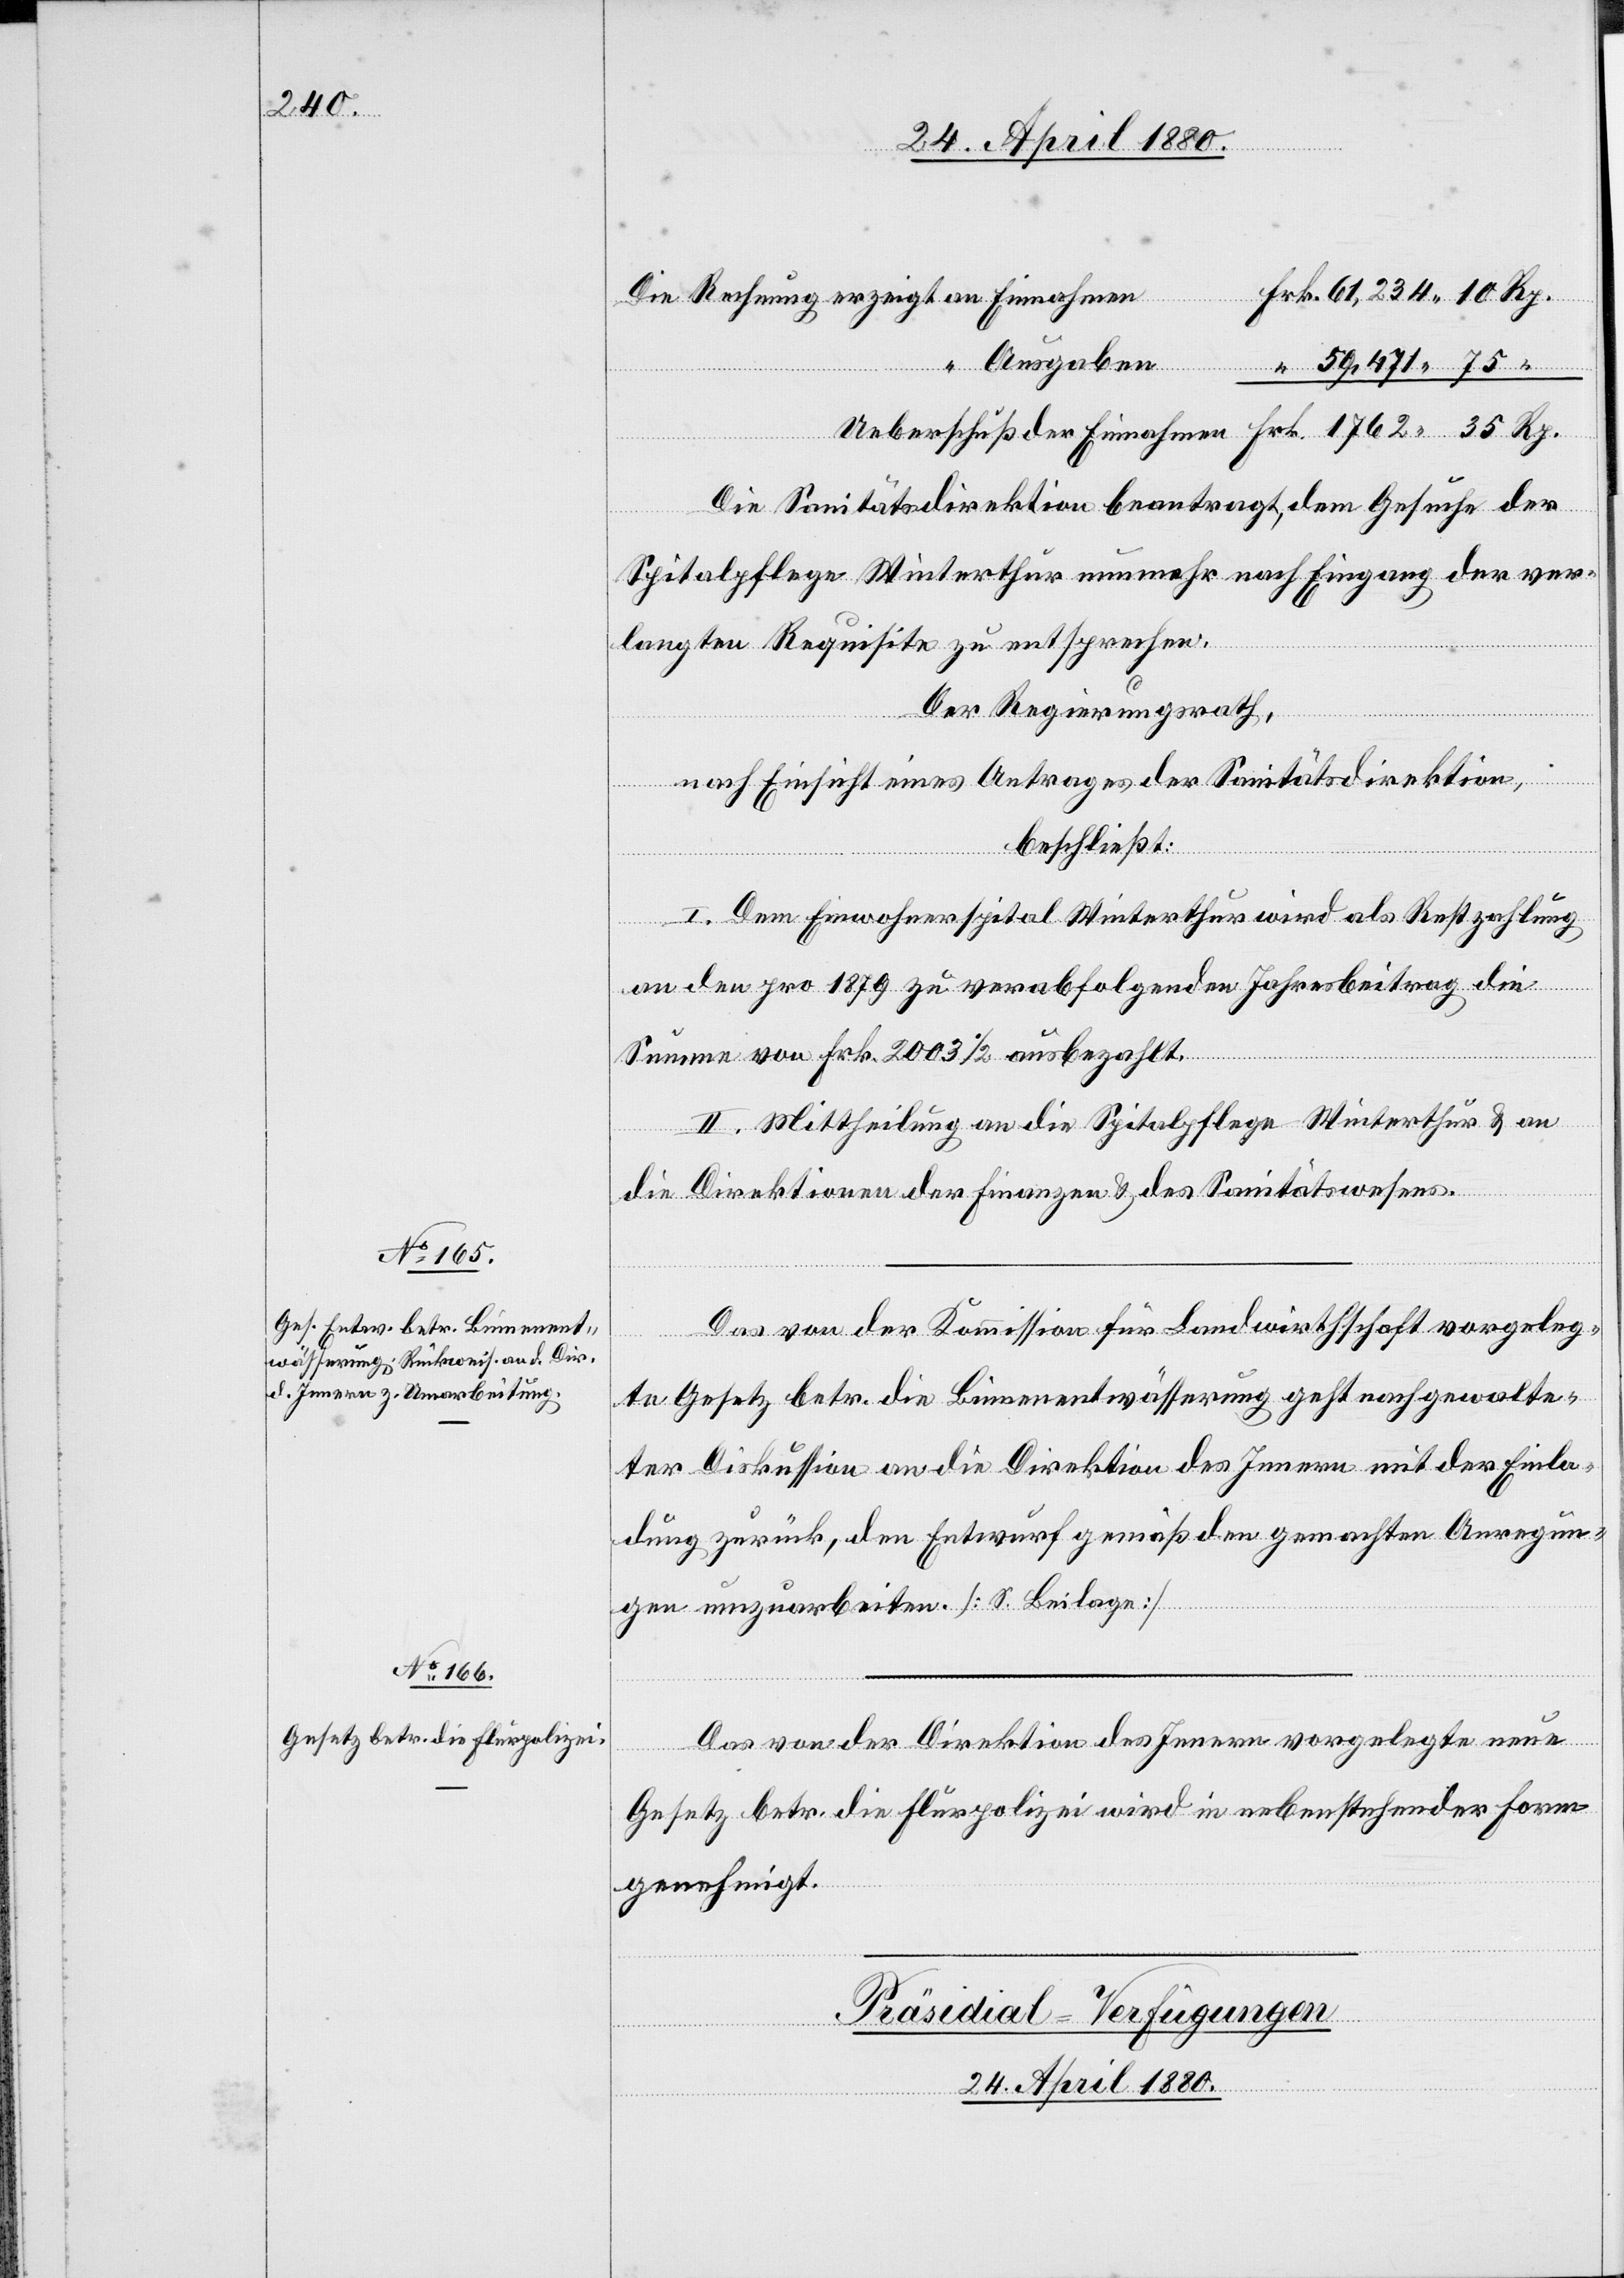
24. April 1880.
35
Ausgaben
nung
Rp.
Die Sanitätsdirektion beantragt, dem Gesuche der
Spitalpflege Winterthur nunmehr nach Eingang der ver¬
“
langten Requisite zu entsprechen.
Der Regierungsrath,
nach Einsicht eines Antrages der Sanitätsdirektion,
beschließt:
I. Dem Einwohnerspital Winterthur wird als Restzahlung
an den pro 1879 zu verabfolgenden Jahresbeitrag die
Summe von Frk. 2003 1/2 ausbezahlt.
II. Mittheilung an die Spitalpflege Winterthur & an
die Direktionen der Finanzen & des Sanitätswesens.
Das von der Kommission für Landwirthschaft vorgeleg¬
te Gesetz betr. die Binnenentwässerung geht nach gewalte¬
ter Diskussion an die Direktion des Innern mit der Einla¬
dung zurück, den Entwurf gemäß den gemachten Anregun¬
gen umzuarbeiten. [S. Beilage]
en
Das von der Direktion des Innern vorgelegte neue
Gesetz betr. die Flurpolizei wird in nebenstehender Form
genehmigt.
Präsidial-Verfügungen